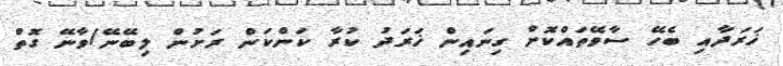
ޚަރަދާއި ބެހޭ ސާވޭތައްކޮށް ގިނައިން ޚަރަދު ކުރާ ކަންކަން ރަށުން ލިބޭނޭ/ވާނޭ ގޮތް